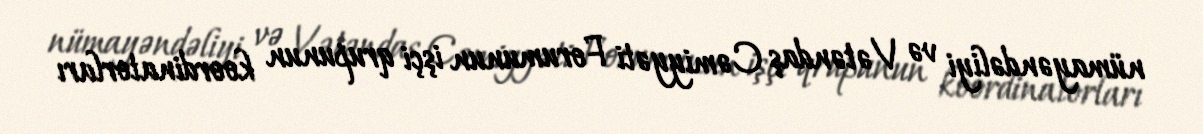
nümayəndəliyi və Vətəndaş Cəmiyyəti Forumunun işçi qrupunun koordinatorları